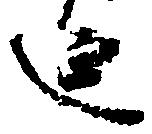
延